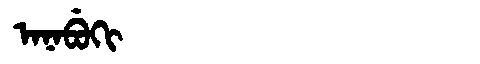
Manchu: ᠠᠨᠠᠪᡠᡴᡳ
Romanization: ANABUKI